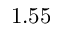
1 . 5 5